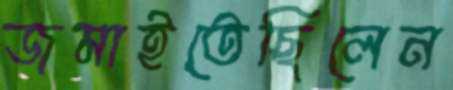
জমাইতেছিলেন